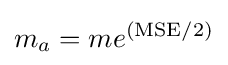
m_{a}=me^{({\text{MSE}}/2)}